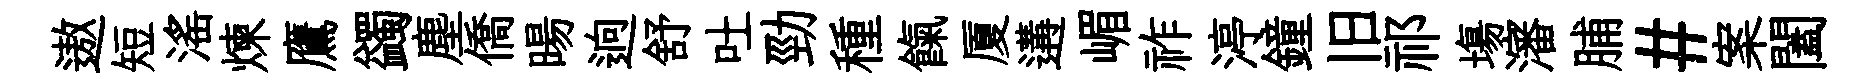
遨短滛煉鷹蠲塵僑暘逈舒吐勁種餼厦遘嵋祚渟鐘旧祁塲瀋脯#案闔